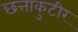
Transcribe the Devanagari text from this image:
छत्ताकुटीर